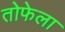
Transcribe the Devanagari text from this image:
तोफेला